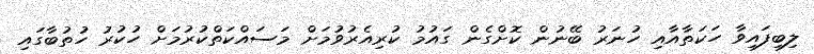
ލިބިފައިވާ ހަކަތާއާއި ހުނަރު ބޭނުން ކޮށްގެން ގައުމު ކުރިއެރުވުމަށް މަސައްކަތްކުރުމަށް ހުކުރު ހުތުބާގައި